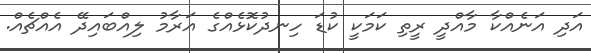
އަދި އަނެއްކާ މާއްދީ ރީތި ކަމަކީ ކުޑަ ހިނދުކޮޅެއްގެ އަރާމު ލިއްބައިދޭ އެއްޗެއް.